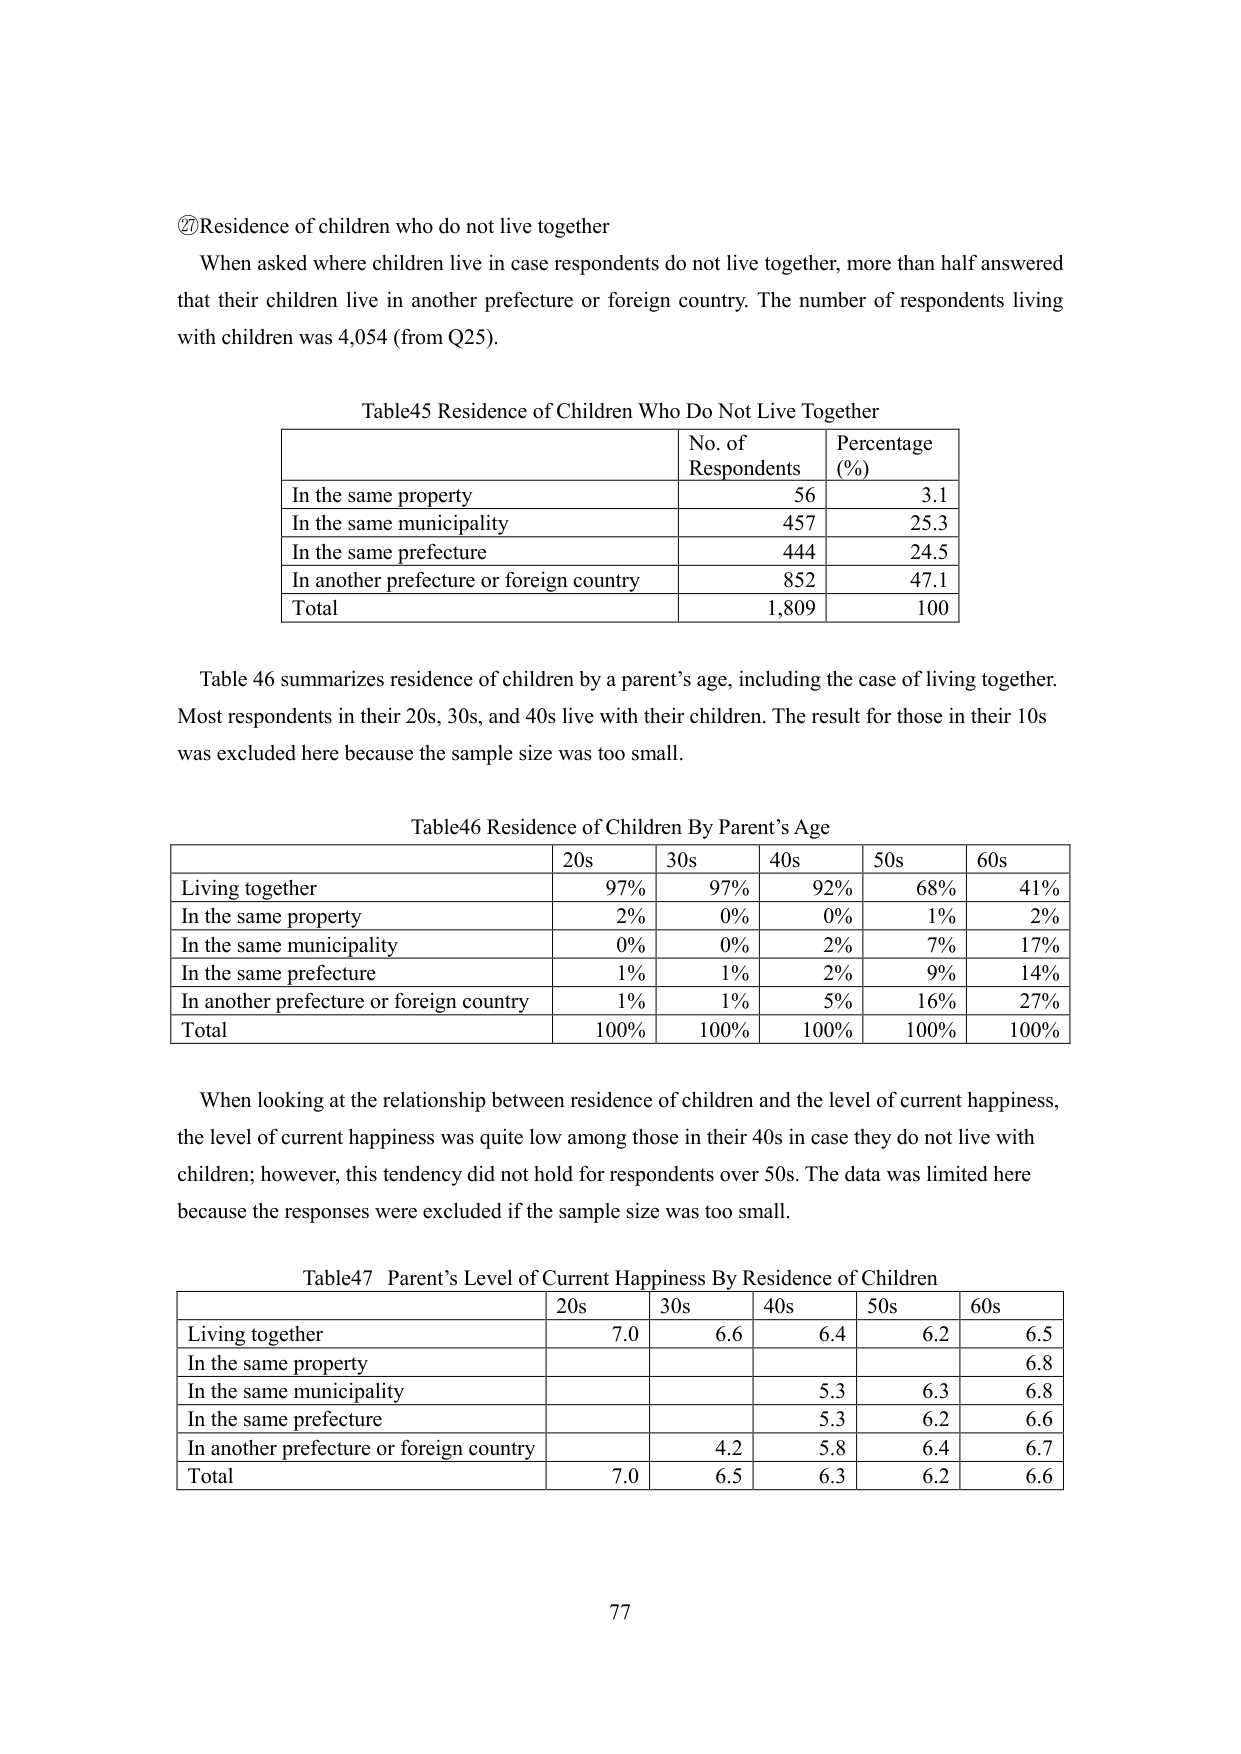
②Residence of children who do not live together
When asked where children live in case respondents do not live together, more than half answered that their children live in another prefecture or foreign country. The number of respondents living with children was 4,054 (from Q25).

Table45 Residence of Children Who Do Not Live Together
| | No. of Respondents | Percentage (%) |
|---|---|---|
| In the same property | 56 | 3.1 |
| In the same municipality | 457 | 25.3 |
| In the same prefecture | 444 | 24.5 |
| In another prefecture or foreign country | 852 | 47.1 |
| Total | 1,809 | 100 |

Table 46 summarizes residence of children by a parent’s age, including the case of living together. Most respondents in their 20s, 30s, and 40s live with their children. The result for those in their 10s was excluded here because the sample size was too small.

Table46 Residence of Children By Parent’s Age
| | 20s | 30s | 40s | 50s | 60s |
|---|---|---|---|---|---|
| Living together | 97% | 97% | 92% | 68% | 41% |
| In the same property | 2% | 0% | 0% | 1% | 2% |
| In the same municipality | 0% | 0% | 2% | 7% | 17% |
| In the same prefecture | 1% | 1% | 2% | 9% | 14% |
| In another prefecture or foreign country | 1% | 1% | 5% | 16% | 27% |
| Total | 100% | 100% | 100% | 100% | 100% |

When looking at the relationship between residence of children and the level of current happiness, the level of current happiness was quite low among those in their 40s in case they do not live with children; however, this tendency did not hold for respondents over 50s. The data was limited here because the responses were excluded if the sample size was too small.

Table47 Parent’s Level of Current Happiness By Residence of Children
| | 20s | 30s | 40s | 50s | 60s |
|---|---|---|---|---|---|
| Living together | 7.0 | 6.6 | 6.4 | 6.2 | 6.5 |
| In the same property | | | | | 6.8 |
| In the same municipality | | | 5.3 | 6.3 | 6.8 |
| In the same prefecture | | | 5.3 | 6.2 | 6.6 |
| In another prefecture or foreign country | | 4.2 | 5.8 | 6.4 | 6.7 |
| Total | 7.0 | 6.5 | 6.3 | 6.2 | 6.6 |

77